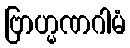
ဗြာဟ္မဏဂါမံ